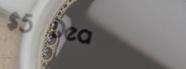
$5 Deal